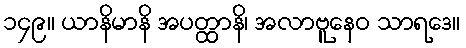
၁၄၉။ ယာနိမာနိ အပတ္ထာနိ၊ အလာဗူနေဝ သာရဒေ။